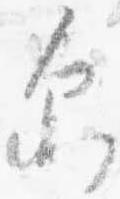
示